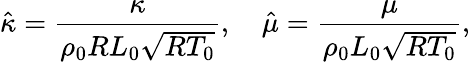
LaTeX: \hat{\kappa}=\frac{\kappa}{{{\rho_{0}}R{L_{0}}\sqrt{R{T_{0}}}}},\quad\hat{\mu}=\frac{\mu}{{{\rho_{0}}{L_{0}}\sqrt{R{T_{0}}}}},